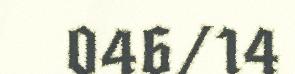
046/14